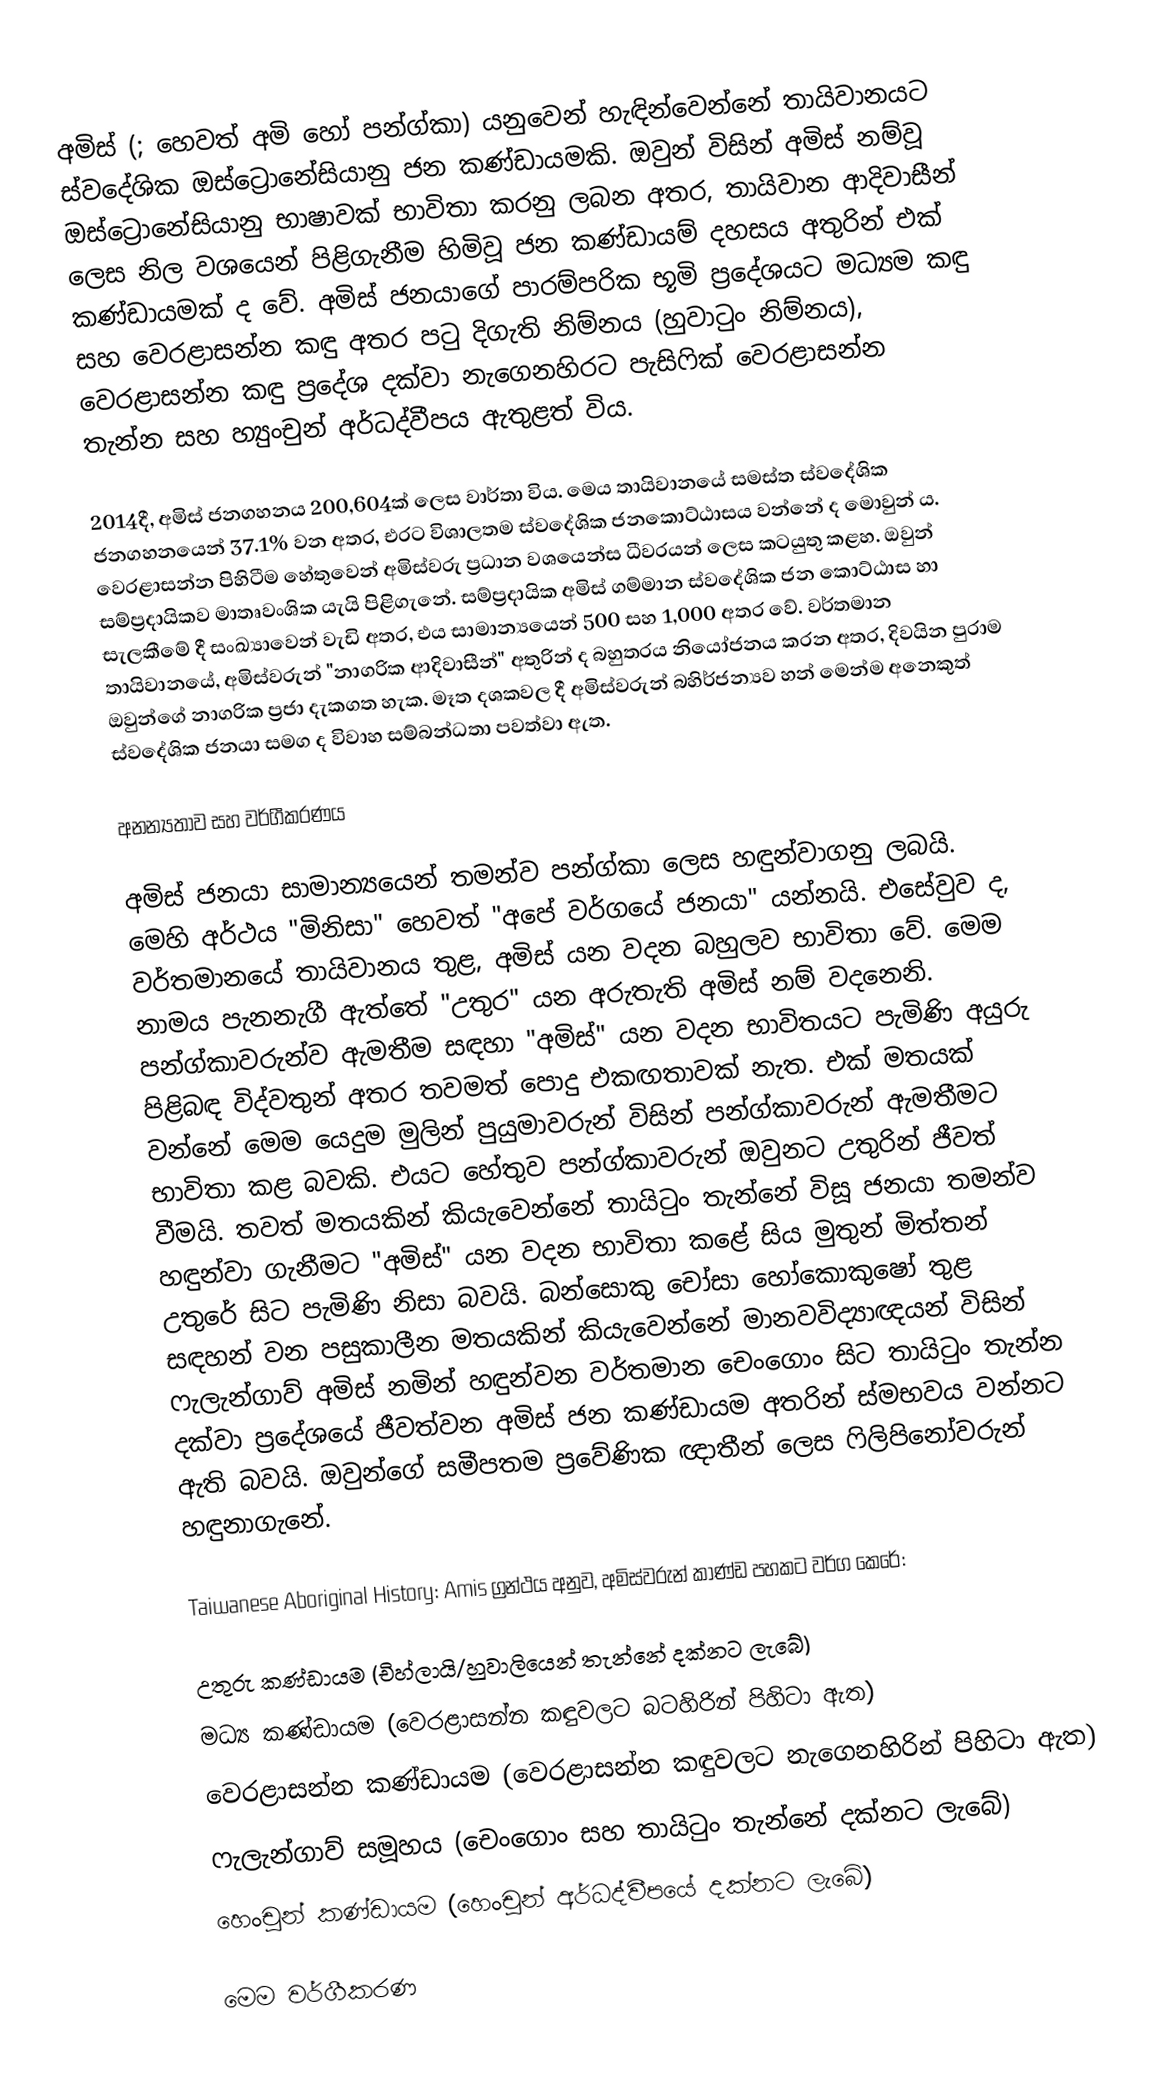
අමිස් (; හෙවත් අමි හෝ පන්ග්කා) යනුවෙන් හැඳින්වෙන්නේ තායිවානයට ස්වදේශික ඔස්ට්‍රොනේසියානු ජන කණ්ඩායමකි. ඔවුන් විසින් අමිස් නම්වූ ඔස්ට්‍රොනේසියානු භාෂාවක් භාවිතා කරනු ලබන අතර, තායිවාන ආදිවාසීන් ලෙස නිල වශයෙන් පිළිගැනීම හිමිවූ ජන කණ්ඩායම් දහසය අතුරින් එක් කණ්ඩායමක් ද වේ. අමිස් ජනයාගේ පාරම්පරික භූමි ප්‍රදේශයට මධ්‍යම කඳු සහ වෙරළාසන්න කඳු අතර පටු දිගැති නිම්නය (හුවාටුං නිම්නය), වෙරළාසන්න කඳු ප්‍රදේශ දක්වා නැගෙනහිරට පැසිෆික් වෙරළාසන්න තැන්න සහ හ්‍යුංචුන් අර්ධද්වීපය ඇතුළත් විය.

2014දී, අමිස් ජනගහනය 200,604ක් ලෙස වාර්තා විය. මෙය තායිවානයේ සමස්ත ස්වදේශික ජනගහනයෙන් 37.1% වන අතර, එරට විශාලතම ස්වදේශික ජනකොට්ඨාසය වන්නේ ද මොවුන් ය. වෙරළාසන්න පිහිටීම හේතුවෙන් අමිස්වරු ප්‍රධාන වශයෙන්ස ධීවරයන් ලෙස කටයුතු කළහ. ඔවුන් සම්ප්‍රදායිකව මාතෘවංශික යැයි පිළිගැනේ. සම්ප්‍රදායික අමිස් ගම්මාන ස්ව‍දේශික ජන කොට්ඨාස හා සැලකීමේ දී සංඛ්‍යාවෙන් වැඩි අතර, එය සාමාන්‍යයෙන් 500 සහ 1,000 අතර වේ. වර්තමාන තායිවානයේ, අමිස්වරුන් "නාගරික ආදිවාසීන්" අතුරින් ද බහුතරය නියෝජනය කරන අතර, දිවයින පුරාම ඔවුන්ගේ නාගරික ප්‍රජා දැකගත හැක. මෑත දශකවල දී අමිස්වරුන් බහිර්ජන්‍යව හන් මෙන්ම අනෙකුත් ස්වදේශික ජනයා සමග ද විවාහ සම්බන්ධතා පවත්වා ඇත.

අනන්‍යතාව සහ වර්ගීකරණය

අමිස් ජනයා සාමාන්‍යයෙන් තමන්ව පන්ග්කා ලෙස හඳුන්වාගනු ලබයි. මෙහි අර්ථය "මිනිසා" හෙවත් "අපේ වර්ගයේ ජනයා" යන්නයි. එසේවුව ද, වර්තමානයේ තායිවානය තුළ, අමිස් යන වදන බහුලව භාවිතා වේ. මෙම නාමය පැනනැගී ඇත්තේ "උතුර" යන අරුතැති අමිස් නම් වදනෙනි. පන්ග්කාවරුන්ව ඇමතීම සඳහා "අමිස්" යන වදන භාවිතයට පැමිණි අයුරු පිළිබඳ විද්වතුන් අතර තවමත් පොදු එකඟතාවක් නැත. එක් මතයක් වන්නේ මෙම යෙදුම මුලින් පුයුමාවරුන් විසින් පන්ග්කාවරුන් ඇමතීමට භාවිතා කළ බවකි. එයට හේතුව පන්ග්කාවරුන් ඔවුනට උතුරින් ජීවත් වීමයි. ‍තවත් මතයකින් කියැවෙන්නේ තායිටුං තැන්නේ විසූ ජනයා තමන්ව හඳුන්වා ගැනීමට "අමිස්" යන වදන භාවිතා කළේ සිය මුතුන් මිත්තන් උතුරේ සිට පැමිණි නිසා බවයි. බන්සොකු චෝසා හෝකොකුෂෝ තුළ සඳහන් වන පසුකාලීන මතයකින් කියැවෙන්නේ මානවවිද්‍යාඥයන් විසින් ෆැලැන්ගාව් අමිස් නමින් හඳුන්වන වර්තමාන චෙංගොං සිට තායිටුං තැන්න දක්වා ප්‍රදේශයේ ජීවත්වන අමිස් ජන කණ්ඩායම අතරින් ස්මභවය වන්නට ඇති බවයි. ඔවුන්ගේ සමීපතම ප්‍රවේණික ඥාතීන් ලෙස ‍ෆිලිපිනෝවරුන් හඳුනාගැනේ.

Taiwanese Aboriginal History: Amis ග්‍රන්ථය අනුව, අමිස්වරුන් කාණ්ඩ පහකට වර්ග කෙරේ:

 උතුරු කණ්ඩායම (චිහ්ලායි/හුවාලියෙන් තැන්නේ දක්නට ලැබේ)
 මධ්‍ය කණ්ඩායම (වෙරළාසන්න කඳුවලට බටහිරින් පිහිටා ඇත)
 වෙරළාසන්න කණ්ඩායම (වෙරළාසන්න කඳුවලට නැගෙනහිරින් පිහිටා ඇත)
 ෆැලැන්ගාව් සමූහය (චෙංගොං සහ තායිටුං තැන්නේ දක්නට ලැබේ)
 හෙංචුන් කණ්ඩායම (හෙංචුන් අර්ධද්වීපයේ දක්නට ලැබේ)

මෙම වර්ගීකරණ